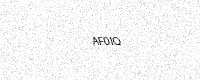
Text: AF0IQ